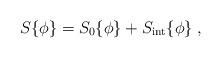
LaTeX: \begin{align*}S \{ \phi \} = S_0 \{ \phi \} + S_{\rm int} \{ \phi \} \; ,\end{align*}